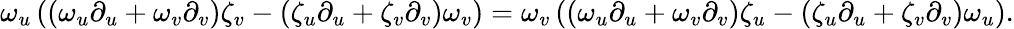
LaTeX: \omega_{u}\left(\left(\omega_{u}\partial_{u}+\omega_{v}\partial_{v}\right)\zeta_{v}-\left(\zeta_{u}\partial_{u}+\zeta_{v}\partial_{v}\right)\omega_{v}\right)=\omega_{v}\left(\left(\omega_{u}\partial_{u}+\omega_{v}\partial_{v}\right)\zeta_{u}-\left(\zeta_{u}\partial_{u}+\zeta_{v}\partial_{v}\right)\omega_{u}\right).